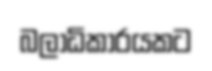
බලාධිකාරයකට